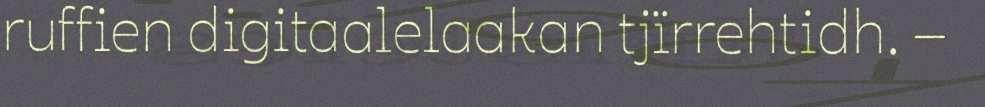
ruffien digitaalelaakan tjïrrehtidh. –